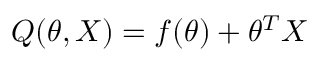
Q ( \theta , X ) = f ( \theta ) + \theta ^ { T } X